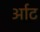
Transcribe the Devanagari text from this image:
र्आट